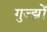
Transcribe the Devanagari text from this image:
गुज्झों